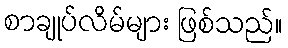
စာချုပ်လိမ်များ ဖြစ်သည်။